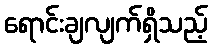
ရောင်းချလျက်ရှိသည့်